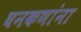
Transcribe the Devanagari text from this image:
घनकणांना